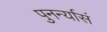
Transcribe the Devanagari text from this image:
पुनर्न्यासं